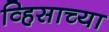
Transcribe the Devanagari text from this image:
व्हिसाच्या